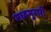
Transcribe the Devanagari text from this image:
मध्वमुरारी